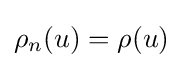
\rho _{n}(u)=\rho (u)